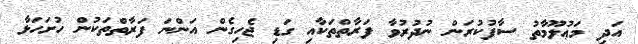
އަދި މަޢުލޫމާތު ސާފުކުރަން ނުދުރުވާ ފަރާތްތަކާއި ގަޑި ޖެހިގެން އަންނަ ފަރާތްތަކުން ހުށަހަޅާ